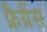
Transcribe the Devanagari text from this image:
फ्रैग्रैंस